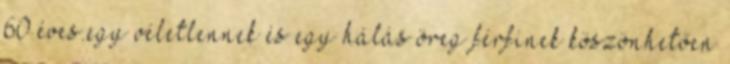
60 éves.egy véletlennek és egy hálás öreg férfinek köszönhetően